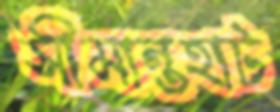
সীমান্তহাট